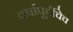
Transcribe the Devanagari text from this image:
वर्षापूर्वीचेच